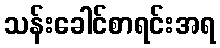
သန်းခေါင်စာရင်းအရ